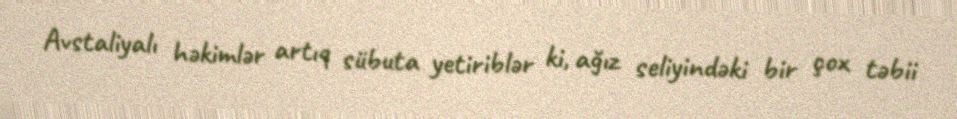
Avstaliyalı həkimlər artıq sübuta yetiriblər ki, ağız seliyindəki bir çox təbii